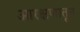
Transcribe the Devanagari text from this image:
आरक्षणातून